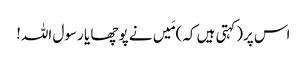
اس پر(کہتی ہیں کہ)مَیں نے پوچھا یا رسول اللہ!